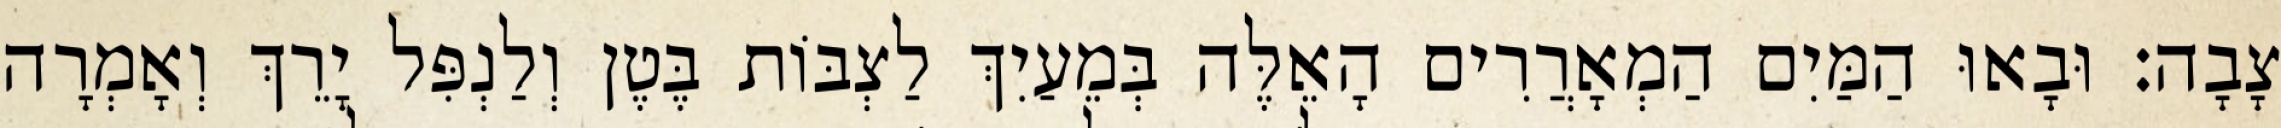
צָבָה׃ וּבָאוּ הַמַּיִם הַמְאָרֲרִים הָאֵלֶּה בְּמֵעַיִךְ לַצְבּוֹת בֶּטֶן וְלַנְפִּל יָרֵךְ וְאָמְרָה